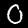
Digit: 0